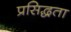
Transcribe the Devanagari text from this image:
प्रसिद्धता